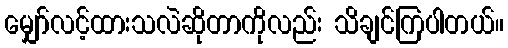
မျှော်လင့်ထားသလဲဆိုတာကိုလည်း သိချင်ကြပါတယ်။